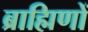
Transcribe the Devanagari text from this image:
ब्राह्मिणों